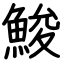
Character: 鮻